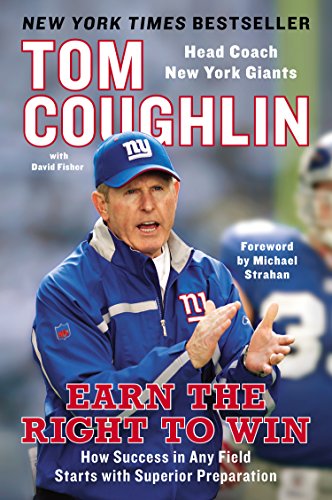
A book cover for Earn the Right to Win: How Success in Any Field Starts with Superior Preparation; Tom Coughlin; Sports & Outdoors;